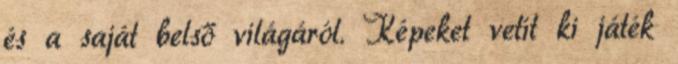
és a saját belső világáról. Képeket vetít ki játék